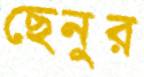
ছেনুর